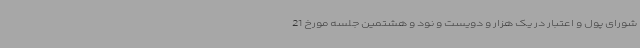
شورای پول و اعتبار در یک هزار و دویست و نود و هشتمین جلسه مورخ 21